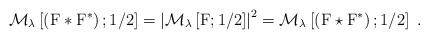
LaTeX: \begin{align*}\mathcal{M}_{{\lambda}}\left[\left(\mathrm{F}\ast\mathrm{F}^\ast\right);1/2\right]=\left|\mathcal{M}_{{\lambda}}\left[\mathrm{F};1/2\right]\right|^2=\mathcal{M}_{{\lambda}}\left[\left(\mathrm{F}\star\mathrm{F}^\ast\right);1/2\right]\;.\end{align*}